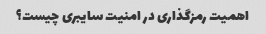
اهمیت رمزگذاری در امنیت سایبری چیست؟